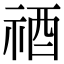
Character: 𥙫